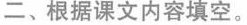
二、根据课文内容填空。